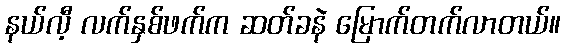
နယ်လီ့ လက်နှစ်ဖက်က ဆတ်ခနဲ မြောက်တက်လာတယ်။